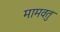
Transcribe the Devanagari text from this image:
मामवतु